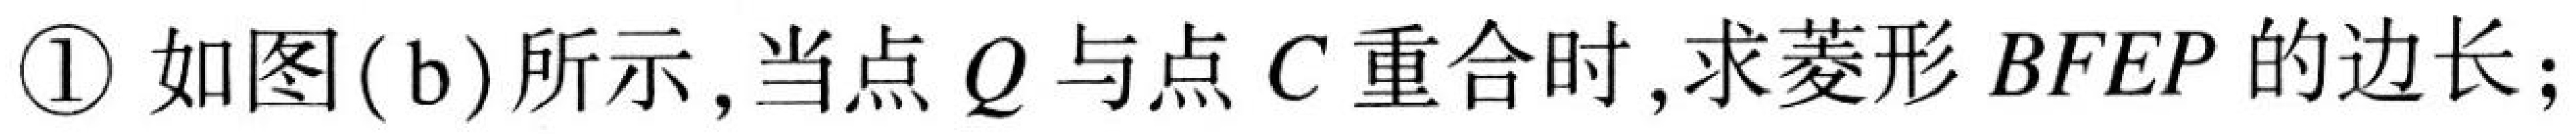
\textcircled{1} 如图(\text{b})所示，当点 \(Q\) 与点 \(C\) 重合时，求菱形 \(BFEP\) 的边长；